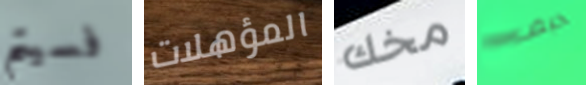
فسيتم المؤهلات مخك كبف